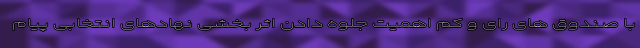
با صندوق های رای و کم اهمیت جلوه دادن اثر بخشی نهادهای انتخابی پیام